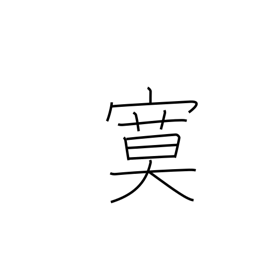
Meaning: quiet